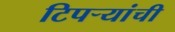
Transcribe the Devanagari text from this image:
टिपऱ्यांची